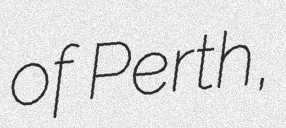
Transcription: of Perth,